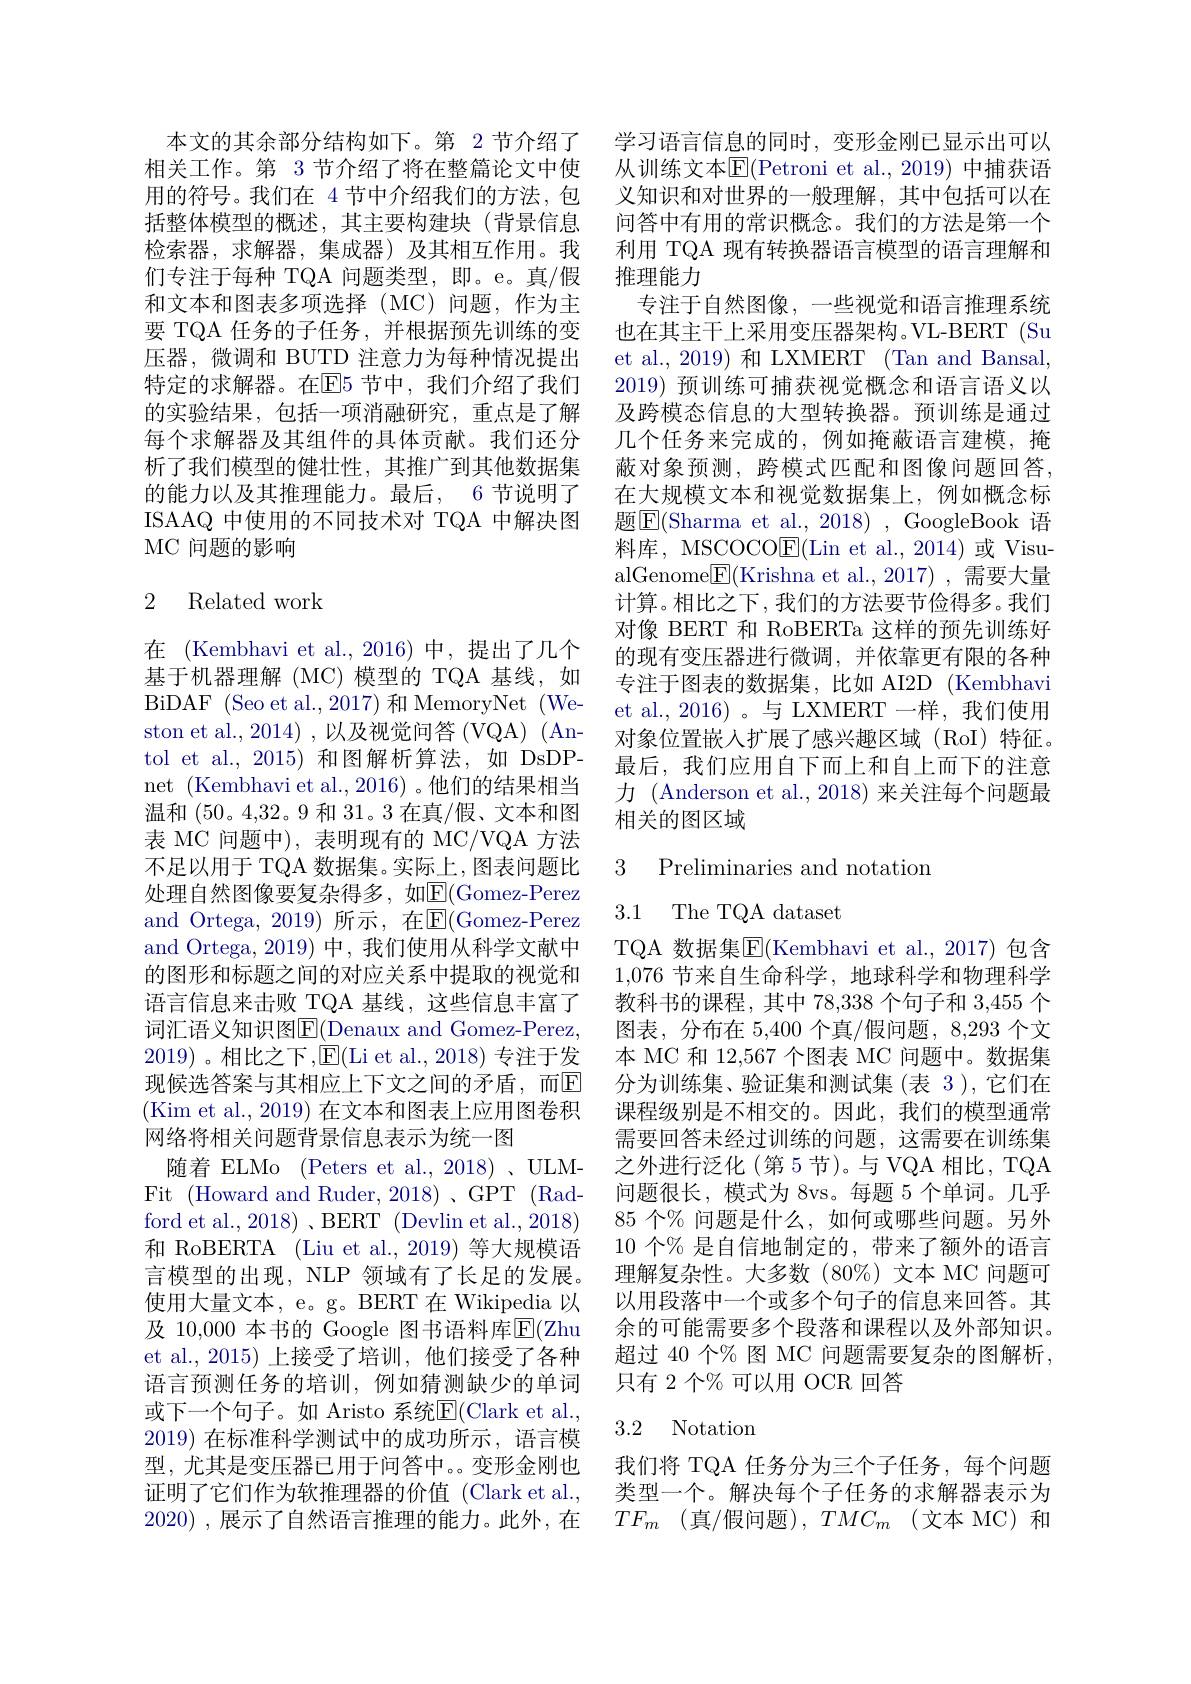
本文的其余部分结构如下。第 2 节介绍了相关工作。第 3 节介绍了将在整篇论文中使用的符号。我们在 4节中介绍我们的方法，包括整体模型的概述，其主要构建块(背景信息检索器，求解器，集成器)及其相互作用。我们专注于每种 TQA 问题类型，即。e。真/假和文本和图表多项选择(MC)问题，作为主要 TQA 任务的子任务，并根据预先训练的变压器，微调和 BUTD 注意力为每种情况提出特定的求解器。在$\mathbb{E}$5 节中，我们介绍了我们的实验结果，包括一项消融研究，重点是了解每个求解器及其组件的具体贡献。我们还分析了我们模型的健壮性，其推广到其他数据集的能力以及其推理能力。最后，6 节说明了ISAAQ 中使用的不同技术对 TQA 中解决图MC 问题的影响
$$\text{2 Related work}$$
在 (Kembhavi et al.,2016)中，提出了几个基于机器理解(MC)模型的 TQA 基线，如BiDAF (Seo et al., 2017) 和 MemoryNet (Weston et al., 2014) , 以及视觉问答 (VQA) (Antol et al., 2015)和图解析算法，如 DsDPnet (Kembhavi et al., 2016)。他们的结果相当温和 (50。4,32。9 和 31。3 在真/假、文本和图表 MC 问题中), 表明现有的 MC/VQA 方法不足以用于 TQA 数据集。实际上，图表问题比处理自然图像要复杂得多，如$\mathbb{E}($Gomez-Perez and Ortega, 2019)所示，在E$( Gomez- Perez$ and Ortega, 2019) 中，我们使用从科学文献中的图形和标题之间的对应关系中提取的视觉和语言信息来击败 TQA 基线，这些信息丰富了词汇语义知识图E$( Denaux and Gomez- Perez$, 2019)。相比之下，E(Li et al.,2018)专注于发现候选答案与其相应上下文之间的矛盾，而$\mathbb{E}$ (Kim et al., 2019) 在文本和图表上应用图卷积网络将相关问题背景信息表示为统一图
随着 ELMo (Peters et al., 2018)、ULMFit ( Howard and Ruder, 2018) , GPT ( Rad- 1) ford et al., 2018)、BERT(Devlin et al., 2018) 和 RoBERTA (Liu et al., 2019) 等大规模语言模型的出现，NLP 领域有了长足的发展。使用大量文本，e。g。BERT 在 Wikipedia 以及 10,000 本书的 Google 图书语料库$\overline{\mathrm{E}}($Zhu et al.,2015)上接受了培训，他们接受了各种语言预测任务的培训，例如猜测缺少的单词或下一个句子。如 Aristo 系统$\mathbb{E}($Clark et al. 2019)在标准科学测试中的成功所示，语言模型，尤其是变压器已用于问答中。。变形金刚也证明了它们作为软推理器的价值 (Clark et al., 2020) , $展 示 了 自 然 语 言 推 理 的 能 力 。此 外 , 在$

学习语言信息的同时，变形金刚已显示出可以从训练文本$\overline{\mathrm{E}}($Petroni et al.,2019) 中捕获语义知识和对世界的一般理解，其中包括可以在问答中有用的常识概念。我们的方法是第一个利用 TQA 现有转换器语言模型的语言理解和推理能力
专注于自然图像，一些视觉和语言推理系统也在其主干上采用变压器架构。VL-BERT (Su et al., 2019) 和 LXMERT (Tan and Bansal, 2019) 预训练可捕获视觉概念和语言语义以及跨模态信息的大型转换器。预训练是通过几个任务来完成的，例如掩蔽语言建模，掩蔽对象预测，跨模式匹配和图像问题回答， 在大规模文本和视觉数据集上，例如概念标题$\boxed{\mathrm{E}}($Sharma et al., 2018), GoogleBook 语料库，MSCOCO$\underline{\mathrm{E}}($Lin et al.,2014)或 VisualGenome$\boxed{\mathrm{F}}($Krishna et al.,2017),需要大量计算。相比之下，我们的方法要节俭得多。我们对像 BERT 和 RoBERTa 这样的预先训练好的现有变压器进行微调，并依靠更有限的各种专注于图表的数据集，比如 AI2D (Kembhavi et al.,2016)。与 LXMERT 一样，我们使用对象位置嵌人扩展了感兴趣区域(RoI)特征。最后，我们应用自下而上和自上而下的注意力 (Anderson et al., 2018) 来关注每个问题最相关的图区域

3 Preliminaries and notation

3.1 The TQA dataset

TQA 数据集$\overline{\mathrm{E}}($Kembhavi et al.,2017)包含1,076节来自生命科学，地球科学和物理科学教科书的课程，其中 78,338 个句子和 3,455 个图表，分布在 5,400 个真/假问题，8,293 个文本 MC 和 12,567 个图表 MC 问题中。数据集分为训练集、验证集和测试集 (表 3 ), 它们在课程级别是不相交的。因此，我们的模型通常需要回答未经过训练的问题，这需要在训练集之外进行泛化(第5节)。与 VQA 相比，TQA 问题很长，模式为 8vs。每题 5 个单词。几乎85 个% 问题是什么，如何或哪些问题。另外10 个 $\%$是自信地制定的，带来了额外的语言理解复杂性。大多数(80%)文本 MC 问题可以用段落中一个或多个句子的信息来回答。其余的可能需要多个段落和课程以及外部知识。超过 40 个% 图 MC 问题需要复杂的图解析， 只有 2 个$\%$ 可以用 OCR 回答

## 3.2 Notation

我们将 TQA 任务分为三个子任务，每个问题类型一个。解决每个子任务的求解器表示为$TF_m$ (真/假问题),$TMC_m$ (文本 MC)和